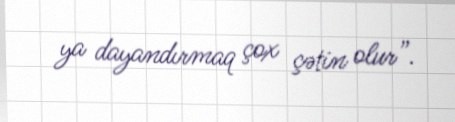
ya dayandırmaq çox çətin olur”.